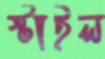
স্টাইল